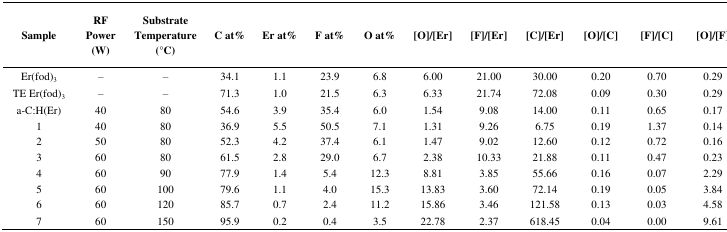
<table><thead><tr><td><b>Sample</b></td><td><b>RF Power (W)</b></td><td><b>Substrate Temperature (°C)</b></td><td><b>C at%</b></td><td><b>Er at%</b></td><td><b>F at%</b></td><td><b>O at%</b></td><td><b>[O]/[Er]</b></td><td><b>[F]/[Er]</b></td><td><b>[C]/[Er]</b></td><td><b>[O]/[C]</b></td><td><b>[F]/[C]</b></td><td><b>[O]/[F]</b></td></tr></thead><tbody><tr><td>Er(fod)<sub>3</sub></td><td>–</td><td>–</td><td>34.1</td><td>1.1</td><td>23.9</td><td>6.8</td><td>6.00</td><td>21.00</td><td>30.00</td><td>0.20</td><td>0.70</td><td>0.29</td></tr><tr><td>TE Er(fod)<sub>3</sub></td><td>–</td><td>–</td><td>71.3</td><td>1.0</td><td>21.5</td><td>6.3</td><td>6.33</td><td>21.74</td><td>72.08</td><td>0.09</td><td>0.30</td><td>0.29</td></tr><tr><td>a-C:H(Er)</td><td>40</td><td>80</td><td>54.6</td><td>3.9</td><td>35.4</td><td>6.0</td><td>1.54</td><td>9.08</td><td>14.00</td><td>0.11</td><td>0.65</td><td>0.17</td></tr><tr><td>1</td><td>40</td><td>80</td><td>36.9</td><td>5.5</td><td>50.5</td><td>7.1</td><td>1.31</td><td>9.26</td><td>6.75</td><td>0.19</td><td>1.37</td><td>0.14</td></tr><tr><td>2</td><td>50</td><td>80</td><td>52.3</td><td>4.2</td><td>37.4</td><td>6.1</td><td>1.47</td><td>9.02</td><td>12.60</td><td>0.12</td><td>0.72</td><td>0.16</td></tr><tr><td>3</td><td>60</td><td>80</td><td>61.5</td><td>2.8</td><td>29.0</td><td>6.7</td><td>2.38</td><td>10.33</td><td>21.88</td><td>0.11</td><td>0.47</td><td>0.23</td></tr><tr><td>4</td><td>60</td><td>90</td><td>77.9</td><td>1.4</td><td>5.4</td><td>12.3</td><td>8.81</td><td>3.85</td><td>55.66</td><td>0.16</td><td>0.07</td><td>2.29</td></tr><tr><td>5</td><td>60</td><td>100</td><td>79.6</td><td>1.1</td><td>4.0</td><td>15.3</td><td>13.83</td><td>3.60</td><td>72.14</td><td>0.19</td><td>0.05</td><td>3.84</td></tr><tr><td>6</td><td>60</td><td>120</td><td>85.7</td><td>0.7</td><td>2.4</td><td>11.2</td><td>15.86</td><td>3.46</td><td>121.58</td><td>0.13</td><td>0.03</td><td>4.58</td></tr><tr><td>7</td><td>60</td><td>150</td><td>95.9</td><td>0.2</td><td>0.4</td><td>3.5</td><td>22.78</td><td>2.37</td><td>618.45</td><td>0.04</td><td>0.00</td><td>9.61</td></tr></tbody></table>